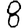
Digit: 8